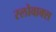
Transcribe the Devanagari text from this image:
स्लोवाक्स